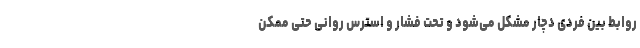
روابط بین فردی دچار مشکل می‌شود و تحت فشار و استرس روانی حتی ممکن